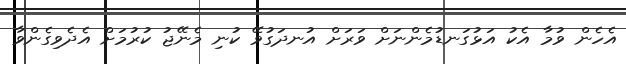
އެހެން ވުމާ އެކު އަޅުގަނޑުމެންނަށް ވަރަށް އުނދަގުވޭ ކުނި މެނޭޖު ކުރުމަށް އެދެވިގެންވާ